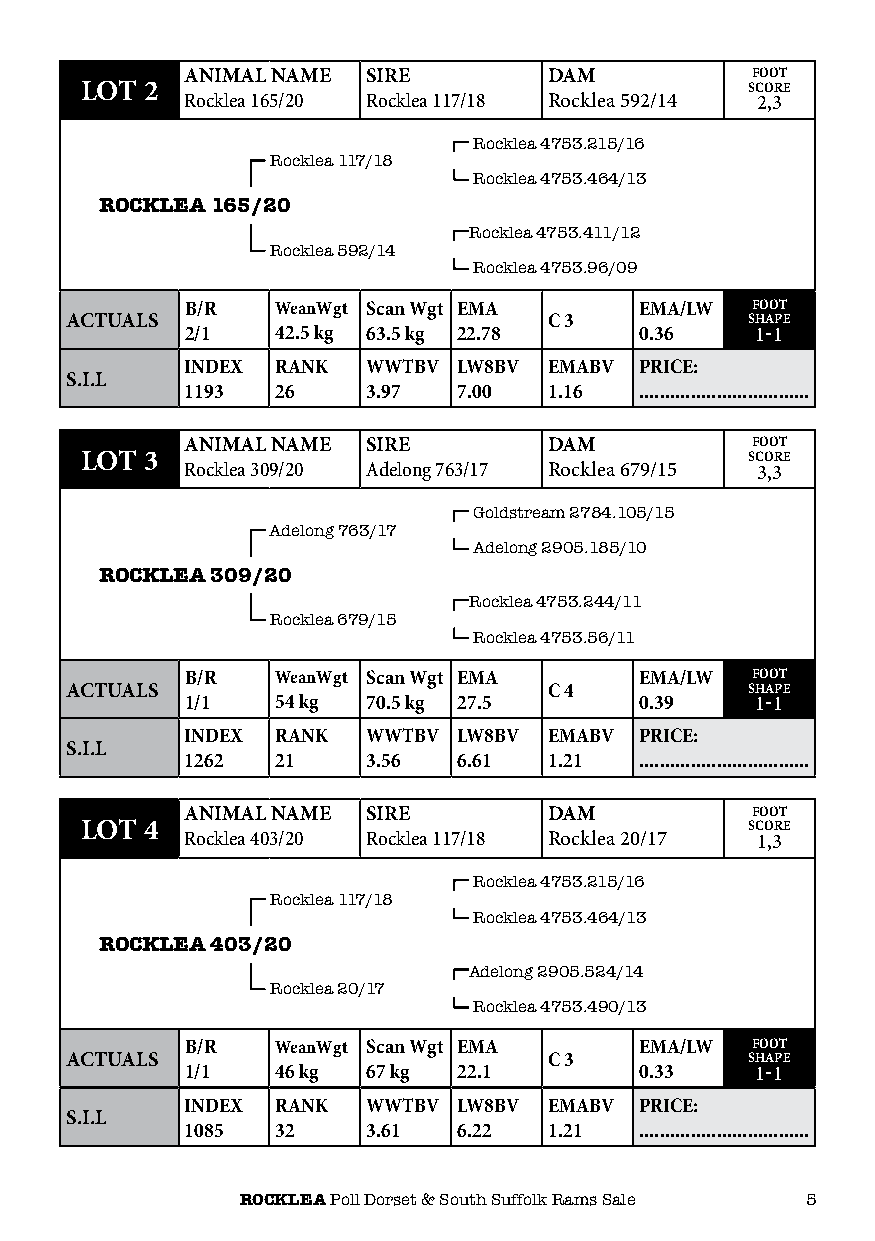
ANIMAL NAME SIRE        DAM           FOOT
 LOT 2                                       SCORE
 Rocklea 165/20 Rocklea 117/18 Rocklea 592/14 2,3
 Rocklea 4753.215/16
 Rocklea 117/18
 Rocklea 4753.464/13
 ROCKLEA 165/20
 Rocklea 4753.411/12
 Rocklea 592/14
 Rocklea 4753.96/09
 B/R   WeanWgt Scan Wgt EMA    EMA/LW  FOOT
 ACTUALS                         C 3          SHAPE
 2/1   42.5 kg 63.5 kg 22.78   0.36    1-1
 INDEX RANK  WWTBV LW8BV EMABV PRICE:
 S.I.L
 1193  26    3.97  7.00  1.16  .................................
 ANIMAL NAME SIRE        DAM           FOOT
 LOT 3                                       SCORE
 Rocklea 309/20 Adelong 763/17 Rocklea 679/15 3,3
 Goldstream 2784.105/15
 Adelong 763/17
 Adelong 2905.185/10
 ROCKLEA 309/20
 Rocklea 4753.244/11
 Rocklea 679/15
 Rocklea 4753.56/11
 B/R   WeanWgt Scan Wgt EMA    EMA/LW  FOOT
 ACTUALS                         C 4          SHAPE
 1/1   54 kg 70.5 kg 27.5      0.39    1-1
 INDEX RANK  WWTBV LW8BV EMABV PRICE:
 S.I.L
 1262  21    3.56  6.61  1.21  .................................
 ANIMAL NAME SIRE        DAM           FOOT
 LOT 4                                       SCORE
 Rocklea 403/20 Rocklea 117/18 Rocklea 20/17 1,3
 Rocklea 4753.215/16
 Rocklea 117/18
 Rocklea 4753.464/13
 ROCKLEA 403/20
 Adelong 2905.524/14
 Rocklea 20/17
 Rocklea 4753.490/13
 B/R   WeanWgt Scan Wgt EMA    EMA/LW  FOOT
 ACTUALS                         C 3          SHAPE
 1/1   46 kg 67 kg 22.1        0.33    1-1
 INDEX RANK  WWTBV LW8BV EMABV PRICE:
 S.I.L
 1085  32    3.61  6.22  1.21  .................................
 ROCKLEA Poll Dorset & South Suffolk Rams Sale 5